Annual administration report of the Civil Veterinary Department of India - 1909-1910
Year: 1909
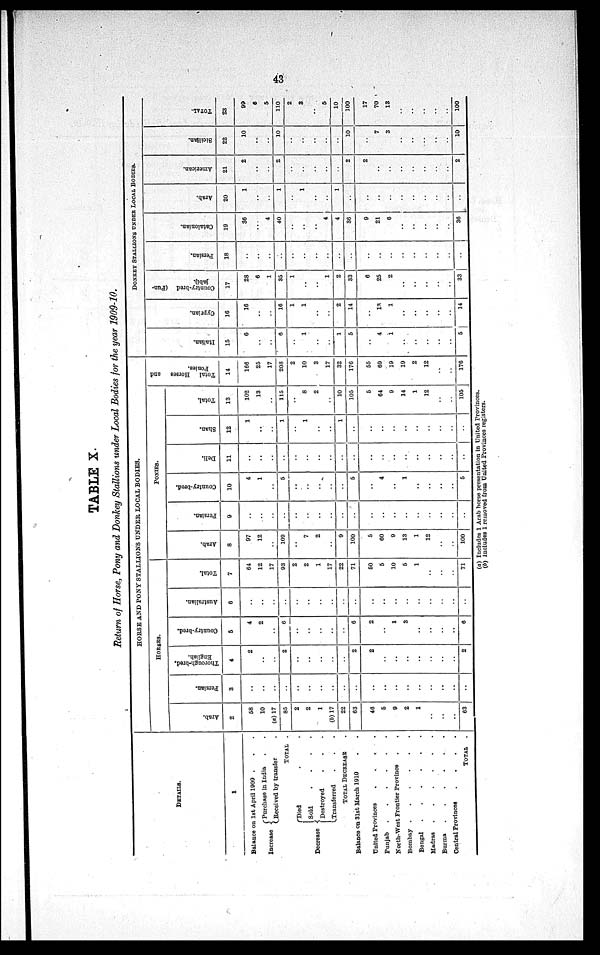
43
TABLE X.
Return of Horse, Pony and Donkey Stallions under Local Bodies for the year 1909-10.
DETAILS.
1
Balance on 1st April 1909 . . .
Increase
Purchase
in India . .
Received by transfer .
TOTAL .
Decrease
Died . .
Sold
.
.
.
.
Destroyed . . .
Transferred . . .
TOTAL DECREASE .
Balance on 31st March 1910 . .
United Provinces
.
.
.
.
Punjab
.
.
.
.
.
.
North-West Frontier Province . .
Bombay .
.
.
.
.
.
Bengal
.
.
.
.
.
.
Madras
.
.
.
.
.
.
Burma
.
.
.
.
.
.
Central Provinces
.
.
.
.
TOTAL .
HORSE AND PONY STALLIONS UNDER LOCAL BODIES.
HORSES.
Arab.
2
58
10
(a) 17
85
2
2
1
(b) 17
22
63
46
5
9
2
1
..
..
..
63
Persian.
3
..
..
..
..
..
..
..
..
..
..
..
..
..
..
..
..
..
..
..
Thorough-bred,
English.
4
2
..
..
2
..
..
..
..
..
2
2
..
..
..
..
..
..
..
2
Country-bred.
5
4
2
..
6
..
..
..
..
..
6
2
..
1
3
..
..
..
..
6
Australian.
6
..
..
..
..
..
..
..
..
..
..
..
..
..
..
..
..
..
..
Total.
7
64
12
17
93
2
2
1
17
22
71
50
5
10
5
1
..
..
..
71
PONIES.
Arab.
8
97
12
..
109
..
7
2
..
9
100
5
60
9
13
1
12
..
..
100
Persian.
9
..
..
..
..
..
..
..
..
..
..
..
..
..
..
..
..
..
..
..
Country-bred.
10
4
1
..
5
..
..
..
..
..
5
..
4
..
1
..
..
..
..
5
Deli.
11
..
..
..
..
..
..
..
..
..
..
..
..
..
..
..
..
..
..
..
Shan.
12
1
..
..
1
..
1
..
..
1
..
..
..
..
..
..
..
..
..
..
Total.
13
102
13
..
115
..
8
2
..
10
105
5
64
9
14
1
12
..
..
105
Total Horses and
Ponies.
14
166
25
17
208
2
10
3
17
32
176
55
69
19
19
2
12
..
..
176
DONKEY STALLIONS UNDER LOCAL BODIES.
I t al i an.
15
6
..
..
6
..
1
..
..
1
5
..
4
1
..
..
..
..
..
5
Cypr i
an.
16
16
..
..
16
1
1
..
..
2
14
..
13
1
..
..
..
..
..
14
Country-bred (Pun-
jabi).
17
28
6
1
35
1
..
..
1
2
33
6
25
2
..
..
..
..
..
33
Per si an.
18
..
..
..
..
..
..
..
..
..
..
..
..
..
..
..
..
..
..
..
Cat al oni an.
19
36
..
4
40
..
..
..
4
4
36
9
21
6
..
..
..
..
..
36
Ar ab.
20
1
..
..
1
..
1
..
..
1
..
..
..
..
..
..
..
..
..
..
Ame r
i
c a n.
21
2
..
..
2
..
..
..
..
..
2
2
..
..
..
..
..
..
..
2
Si ci l i an.
22
10
..
..
10
..
..
..
..
..
10
..
7
3
..
..
..
..
..
10
TOTAL.
23
99
6
5
110
2
3
..
5
10
100
17
70
13
..
..
..
..
..
100
(a) Includes 1 Arab horse presentation in United Provinces.
(b) Includes 1 removed from United Provinces registers.